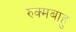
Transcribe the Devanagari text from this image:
रुक्मबाहु